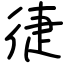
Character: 徢